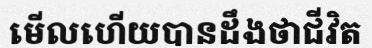
មើលហើយបានដឹងថាជីវិត